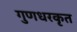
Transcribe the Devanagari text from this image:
गुणधरकृत